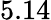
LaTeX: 5.14